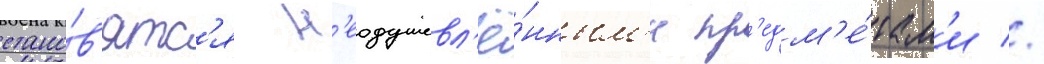
стано́в'ятс'я н'еодушевл'ё́нным'и пр'едм'е́там'и //